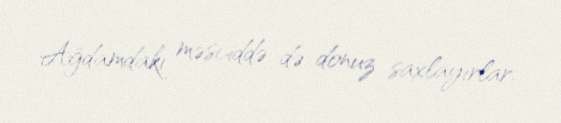
Ağdamdakı məsciddə də donuz saxlayırlar.